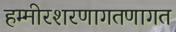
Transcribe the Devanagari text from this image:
हम्मीरशरणागतणागत